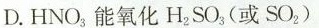
D.HNO_{3}能氧化H_{2}SO_{3}(或SO_{2})